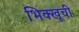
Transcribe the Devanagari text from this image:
भिक्खूची